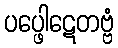
ပပ္ဖေါဋေတဗ္ဗံ